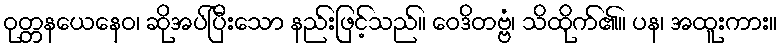
ဝုတ္တနယေနေဝ၊ ဆိုအပ်ပြီးသော နည်းဖြင့်သည်။ ဝေဒိတဗ္ဗံ၊ သိထိုက်၏။ ပန၊ အထူးကား။